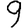
Digit: 9